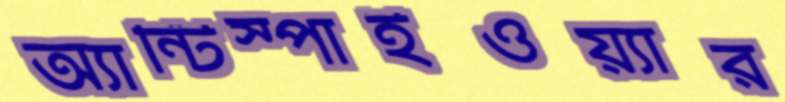
অ্যান্টিস্পাইওয়্যার